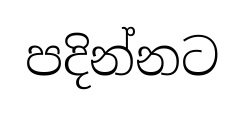
පදින්නට